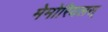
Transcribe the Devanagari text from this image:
मेमोरियलस्